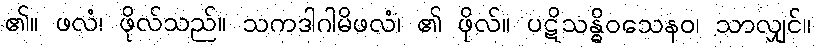
၏။ ဖလံ၊ ဖိုလ်သည်။ သကဒါဂါမိဖလံ၊ ၏ ဖိုလ်။ ပဋိသန္ဓိဝသေနဝ၊ သာလျှင်။